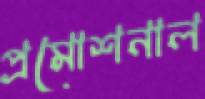
প্রমোশনাল